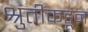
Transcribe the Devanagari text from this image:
श्रुतीकडून